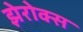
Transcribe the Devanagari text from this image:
झेरोक्स